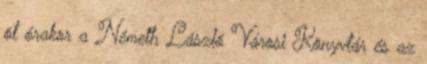
öt órakor a Németh László Városi Könyvtár és az